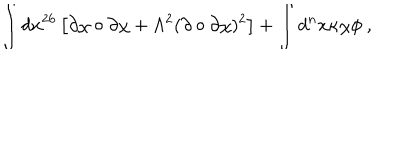
LaTeX: \int d x ^ { 2 6 } \left[ \partial \chi \circ \partial \chi + \Lambda ^ { 2 } ( \partial \circ \partial \chi ) ^ { 2 } \right] + \int d ^ { n } x \kappa \chi \phi ~ ,